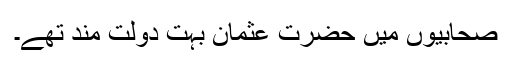
صحابیوں میں حضرت عثمانؓ بہت دولت مند تھے۔